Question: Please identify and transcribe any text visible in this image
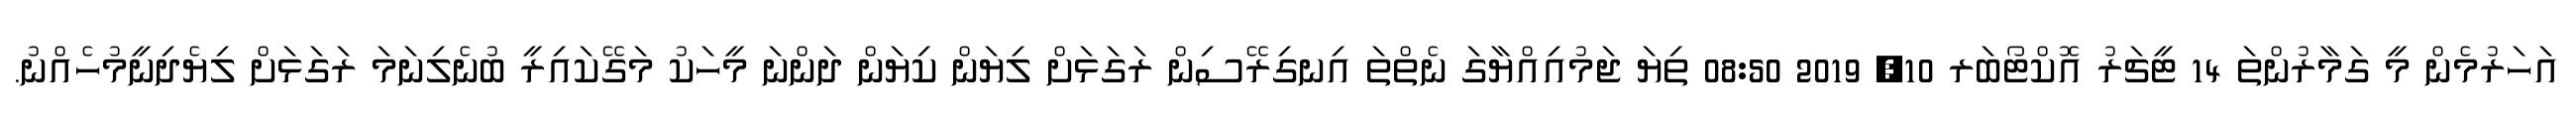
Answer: އަހަރުމެން މީ ގަމާރުންތަ 14 ޓީޗަރު އޮކްޓޯބަރ 10, 2019 08:50 ތިޔަ ޖަމުއިއްޔާގަ ނެތްތަ އިނގިރޭސިން ރަގަޅަށް ލިޔަން ކިޔަން ދަންނަ މީހަކު މަގޭކައިރީ ބުނެލިނަމަ ރަގަޅަށް ލިޔެދިނީމުހެއްނު.